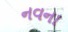
નવના